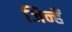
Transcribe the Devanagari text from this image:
जिन्हेें